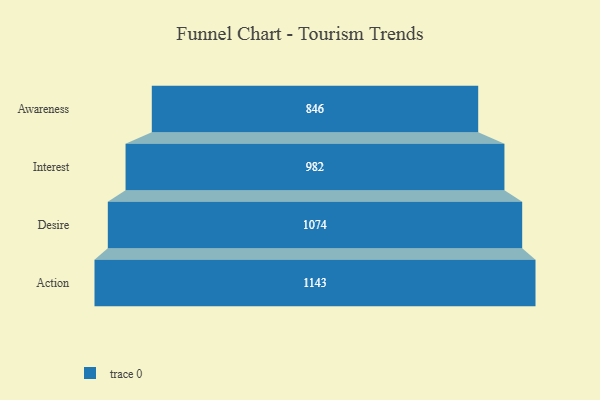
{"axis": {"x": "Stage", "y": "Value"}, "legend": [""], "data": [{"x": "Awareness", "y": 846.0, "type": ""}, {"x": "Interest", "y": 982.0, "type": ""}, {"x": "Desire", "y": 1074.0, "type": ""}, {"x": "Action", "y": 1143.0, "type": ""}]}